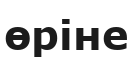
өріне